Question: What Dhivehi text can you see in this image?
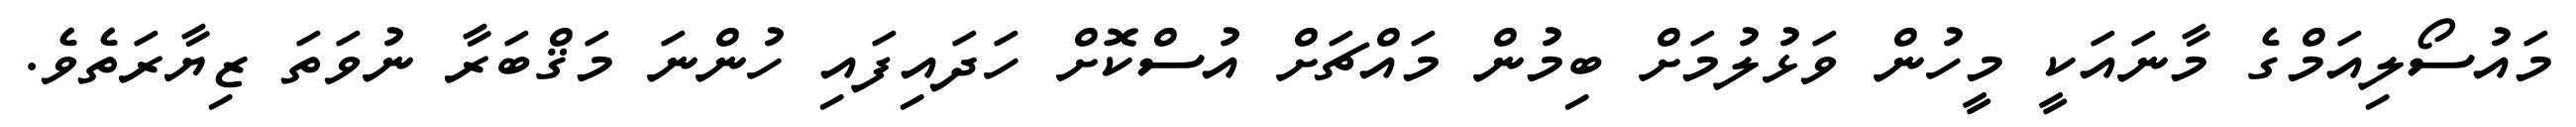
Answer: މައުސޯލިއަމްގެ މާނައަކީ މީހުން ވަޅުލުމަށް ބިމުން މައްޗަށް އުސްކޮށް ހަދައިފައި ހުންނަ މަޤްބަރާ ނުވަތަ ޒިޔާރަތެވެ.